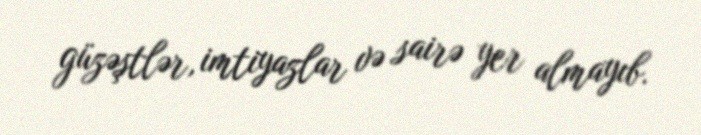
güzəştlər, imtiyazlar və sairə yer almayıb.